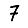
Digit: 7